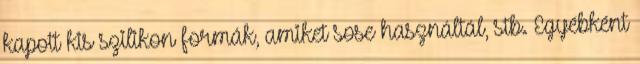
kapott kis szilikon formák, amiket sose használtál, stb. Egyébként